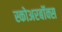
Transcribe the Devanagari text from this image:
स्कोअरबॉक्स